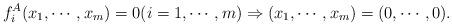
LaTeX: \begin{align*}f_i^A(x_1, \cdots ,x_m) = 0 (i=1, \cdots ,m) \Rightarrow (x_1 ,\cdots ,x_m) = (0, \cdots ,0).\end{align*}